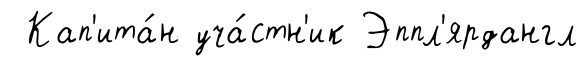
Кап'ита́н уча́стн'ик Эппл'ярдангл